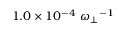
1 . 0 \times 1 0 ^ { - 4 } ~ { \omega _ { \perp } } ^ { - 1 }